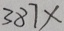
3 8 7 \times